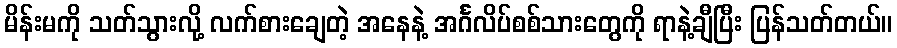
မိန်းမကို သတ်သွားလို့ လက်စားချေတဲ့ အနေနဲ့ အင်္ဂလိပ်စစ်သားတွေကို ရာနဲ့ချီပြီး ပြန်သတ်တယ်။